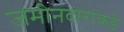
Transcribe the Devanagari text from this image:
जमीनदाराकडे